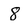
Character: 8